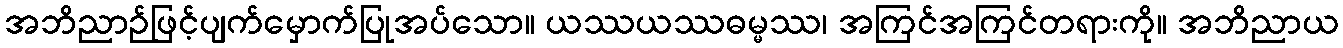
အဘိညာဉ်ဖြင့်ပျက်မှောက်ပြုအပ်သော။ ယဿယဿဓမ္မဿ၊ အကြင်အကြင်တရားကို။ အဘိညာယ